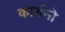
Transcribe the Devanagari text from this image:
कार्डनो